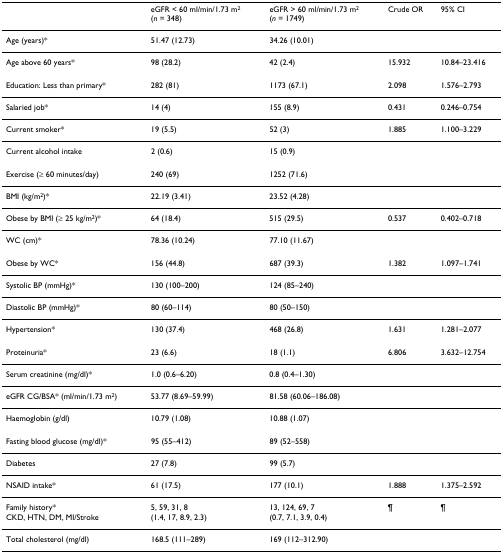
<table><thead><tr><td></td><td><b>eGFR &lt; 60 ml/min/1.73 m<sup>2</sup>(<i>n </i>= 348)</b></td><td><b>eGFR &gt; 60 ml/min/1.73 m<sup>2</sup>(<i>n </i>= 1749)</b></td><td><b>Crude OR</b></td><td><b>95% CI</b></td></tr></thead><tbody><tr><td>Age (years)*</td><td>51.47 (12.73)</td><td>34.26 (10.01)</td><td></td><td></td></tr><tr><td>Age above 60 years*</td><td>98 (28.2)</td><td>42 (2.4)</td><td>15.932</td><td>10.84–23.416</td></tr><tr><td>Education: Less than primary*</td><td>282 (81)</td><td>1173 (67.1)</td><td>2.098</td><td>1.576–2.793</td></tr><tr><td>Salaried job*</td><td>14 (4)</td><td>155 (8.9)</td><td>0.431</td><td>0.246–0.754</td></tr><tr><td>Current smoker*</td><td>19 (5.5)</td><td>52 (3)</td><td>1.885</td><td>1.100–3.229</td></tr><tr><td>Current alcohol intake</td><td>2 (0.6)</td><td>15 (0.9)</td><td></td><td></td></tr><tr><td>Exercise (≥ 60 minutes/day)</td><td>240 (69)</td><td>1252 (71.6)</td><td></td><td></td></tr><tr><td>BMI (kg/m<sup>2</sup>)*</td><td>22.19 (3.41)</td><td>23.52 (4.28)</td><td></td><td></td></tr><tr><td>Obese by BMI (≥ 25 kg/m<sup>2</sup>)*</td><td>64 (18.4)</td><td>515 (29.5)</td><td>0.537</td><td>0.402–0.718</td></tr><tr><td>WC (cm)*</td><td>78.36 (10.24)</td><td>77.10 (11.67)</td><td></td><td></td></tr><tr><td>Obese by WC*</td><td>156 (44.8)</td><td>687 (39.3)</td><td>1.382</td><td>1.097–1.741</td></tr><tr><td>Systolic BP (mmHg)*</td><td>130 (100–200)</td><td>124 (85–240)</td><td></td><td></td></tr><tr><td>Diastolic BP (mmHg)*</td><td>80 (60–114)</td><td>80 (50–150)</td><td></td><td></td></tr><tr><td>Hypertension*</td><td>130 (37.4)</td><td>468 (26.8)</td><td>1.631</td><td>1.281–2.077</td></tr><tr><td>Proteinuria*</td><td>23 (6.6)</td><td>18 (1.1)</td><td>6.806</td><td>3.632–12.754</td></tr><tr><td>Serum creatinine (mg/dl)*</td><td>1.0 (0.6–6.20)</td><td>0.8 (0.4–1.30)</td><td></td><td></td></tr><tr><td>eGFR CG/BSA* (ml/min/1.73 m<sup>2</sup>)</td><td>53.77 (8.69–59.99)</td><td>81.58 (60.06–186.08)</td><td></td><td></td></tr><tr><td>Haemoglobin (g/dl)</td><td>10.79 (1.08)</td><td>10.88 (1.07)</td><td></td><td></td></tr><tr><td>Fasting blood glucose (mg/dl)*</td><td>95 (55–412)</td><td>89 (52–558)</td><td></td><td></td></tr><tr><td>Diabetes</td><td>27 (7.8)</td><td>99 (5.7)</td><td></td><td></td></tr><tr><td>NSAID intake*</td><td>61 (17.5)</td><td>177 (10.1)</td><td>1.888</td><td>1.375–2.592</td></tr><tr><td>Family history*CKD, HTN, DM, MI/Stroke</td><td>5, 59, 31, 8(1.4, 17, 8.9, 2.3)</td><td>13, 124, 69, 7(0.7, 7.1, 3.9, 0.4)</td><td>¶</td><td>¶</td></tr><tr><td>Total cholesterol (mg/dl)</td><td>168.5 (111–289)</td><td>169 (112–312.90)</td><td></td><td></td></tr></tbody></table>